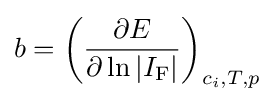
b=\left({\frac {\partial E}{\partial \ln |I_{\rm {F}}|}}\right)_{c_{i},T,p}